Source: Computer-generated
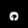
Digit: ၈ (8)